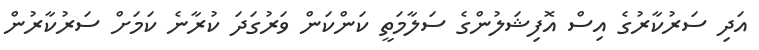
އަދި ސަރުކާރުގެ އިސް އޮފިޝަލުންގެ ސަލާމަތީ ކަންކަން ވަރުގަދަ ކުރާނެ ކަމަށް ސަރުކާރުން